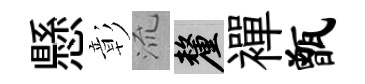
懸彰𣴑厘襌甑